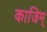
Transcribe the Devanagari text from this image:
काजिम्